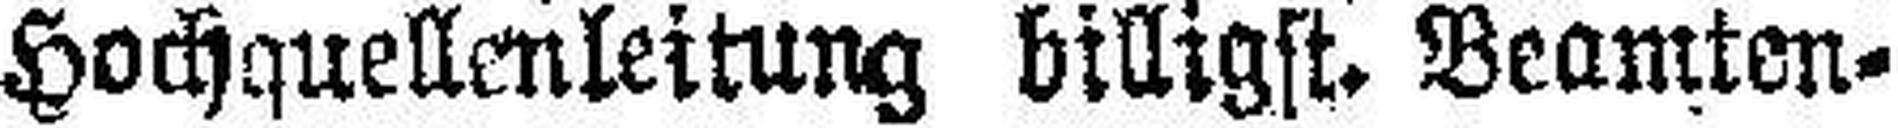
Hochquellenleitung billigst. Beamten¬